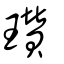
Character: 瓚